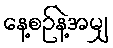
နေ့စဉ်နဲ့အမျှ